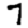
Digit: 7